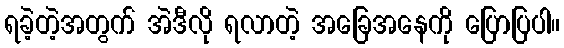
ရခဲ့တဲ့အတွက် အဲဒီလို ရလာတဲ့ အခြေအနေကို ပြောပြပါ။